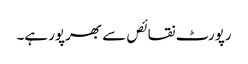
رپورٹ نقائص سے بھرپور ہے۔